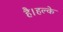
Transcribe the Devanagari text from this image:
है।हल्के